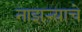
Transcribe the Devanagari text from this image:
नाझऱ्याचे